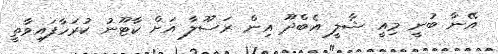
އޭނާ ބުނީ މިއީ ޝާލީ އެބްދޫ އިން ރަސޫލާ އަށް ކާޓޫނު ކުރަހާފައިވާތީ